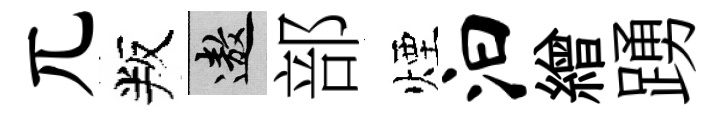
兀叛遨部煙汩繒踴